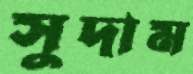
সুদাম